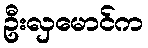
ဦးလှမောင်က